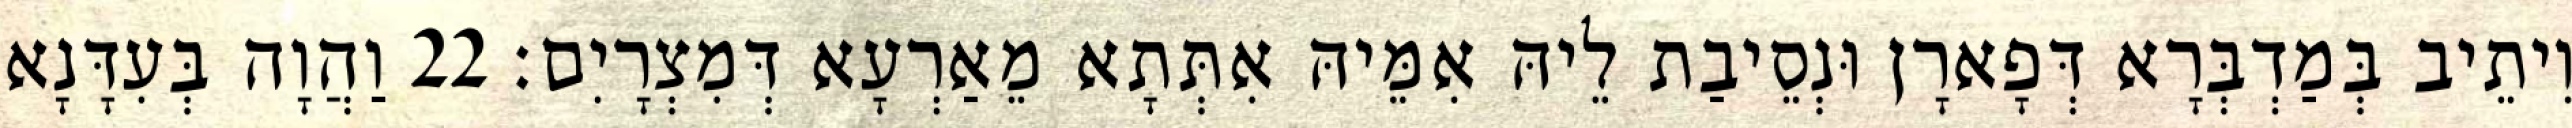
וִיתֵיב בְּמַדְבְּרָא דְּפָארָן וּנְסֵיבַת לֵיהּ אִמֵּיהּ אִתְּתָא מֵאַרְעָא דְּמִצְרָיִם׃ 22 וַהֲוָה בְּעִדָּנָא